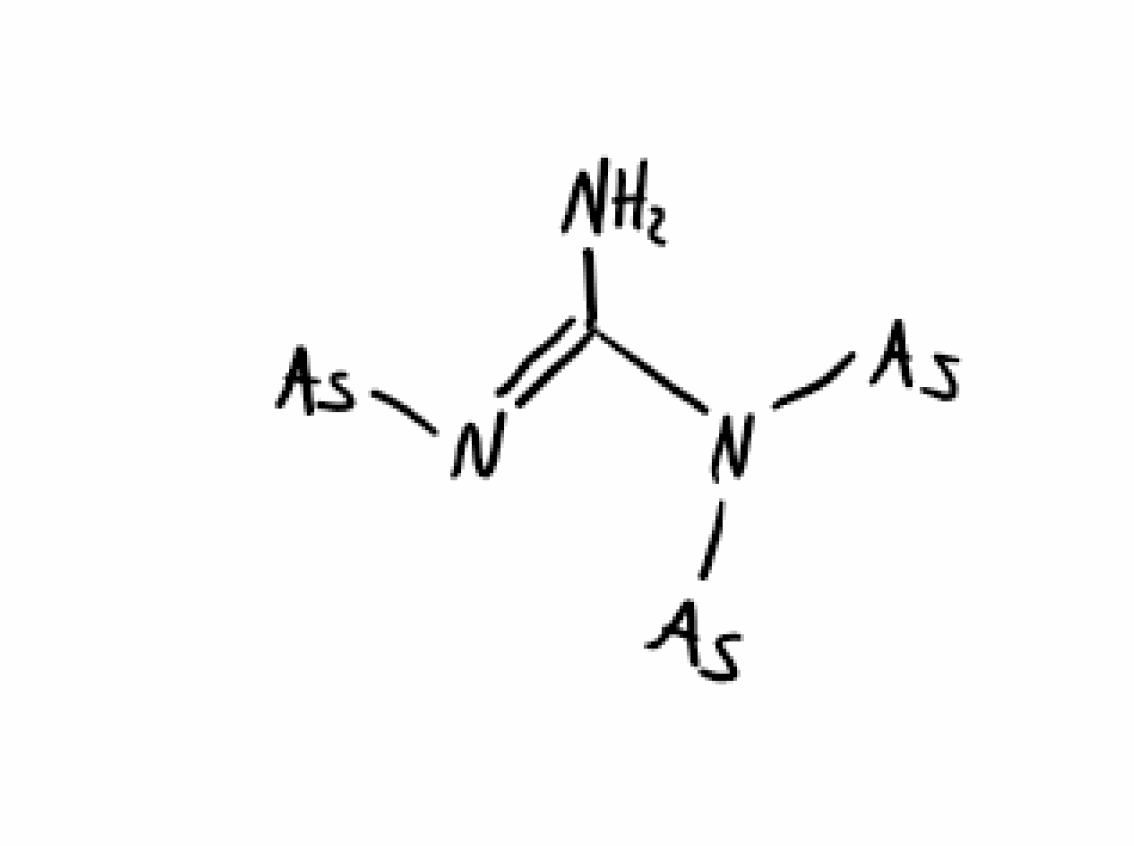
Simplified molecular-input line-entry system (SMILES) notation of the given molecule:
C(=N\[As])(\N)/N([As])[As]